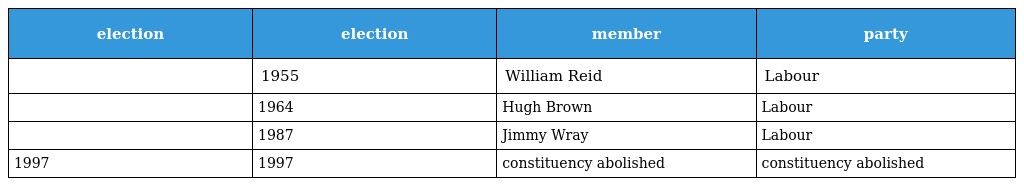
| election | election | member | party |
 | --- | --- | --- | --- |
 |  | 1955 | William Reid | Labour |
 |  | 1964 | Hugh Brown | Labour |
 |  | 1987 | Jimmy Wray | Labour |
 | 1997 | 1997 | constituency abolished | constituency abolished |